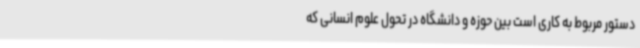
دستور مربوط به کاری است بین حوزه و دانشگاه در تحول علوم انسانی که